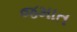
જમાત